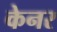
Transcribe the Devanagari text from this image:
केनर